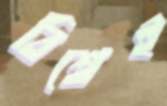
বিশ্বেই